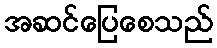
အဆင်ပြေစေသည်